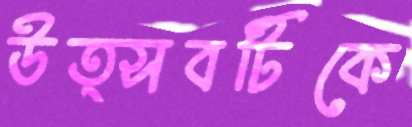
উত্সবটিকে